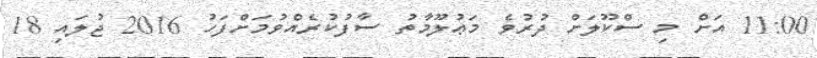
11:00 އަށް މި ސްކޫލަށް ދުރުވެ މަޢުލޫމާތު ސާފުކުރެއްވުމަށްފަހު 2016 ޖުލައި 18